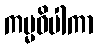
ကမ္မဝိပါကာ